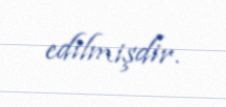
edilmişdir.